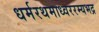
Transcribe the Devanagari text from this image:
धर्मरथमाध्वररम्यभद्र